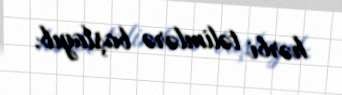
hərbi təlimlərə başlayıb.